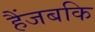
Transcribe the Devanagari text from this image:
हैंजबकि